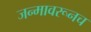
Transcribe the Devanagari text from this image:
जन्मावरूनच